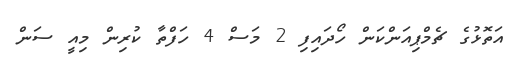
އަތޮޅުގެ ޗެމްޕިއަންކަން ހޯދައިފި 2 މަސް 4 ހަފްތާ ކުރިން މިއީ ސަން